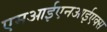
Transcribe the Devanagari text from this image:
एमआईएनआईएक्स